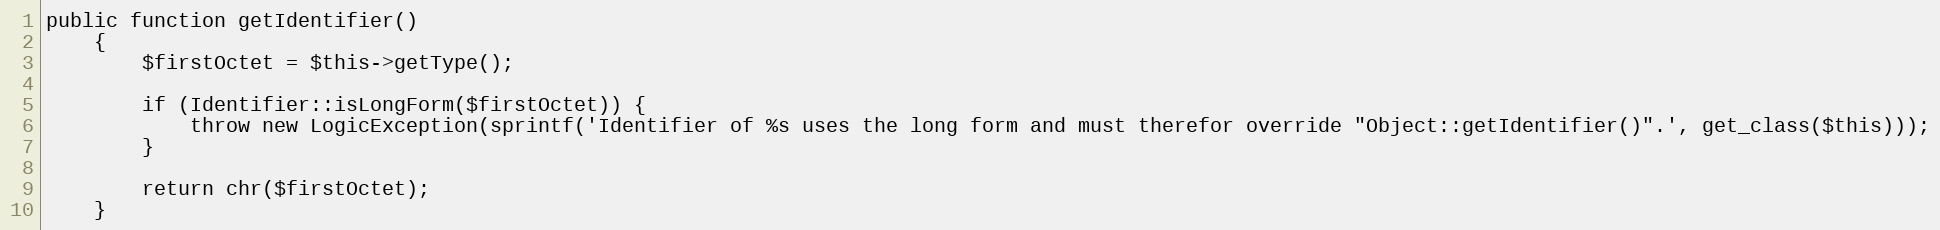
Language: PHP
public function getIdentifier()
    {
        $firstOctet = $this->getType();

        if (Identifier::isLongForm($firstOctet)) {
            throw new LogicException(sprintf('Identifier of %s uses the long form and must therefor override "Object::getIdentifier()".', get_class($this)));
        }

        return chr($firstOctet);
    }